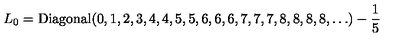
L _ { 0 } = \mathrm { D i a g o n a l } ( 0 , 1 , 2 , 3 , 4 , 4 , 5 , 5 , 6 , 6 , 6 , 7 , 7 , 7 , 8 , 8 , 8 , 8 , \ldots ) - \frac { 1 } { 5 }